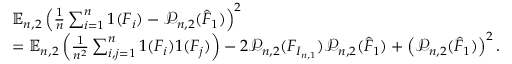
\begin{array} { r l } & { \mathbb { E } _ { n , 2 } \left( \frac { 1 } { n } \sum _ { i = 1 } ^ { n } 1 ( F _ { i } ) - \mathcal { P } _ { n , 2 } ( \hat { F } _ { 1 } ) \right) ^ { 2 } } \\ & { = \mathbb { E } _ { n , 2 } \left( \frac { 1 } { n ^ { 2 } } \sum _ { i , j = 1 } ^ { n } 1 ( F _ { i } ) 1 ( F _ { j } ) \right) - 2 \mathcal { P } _ { n , 2 } ( F _ { I _ { n , 1 } } ) \mathcal { P } _ { n , 2 } ( \hat { F } _ { 1 } ) + \left( \mathcal { P } _ { n , 2 } ( \hat { F } _ { 1 } ) \right) ^ { 2 } . } \end{array}